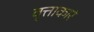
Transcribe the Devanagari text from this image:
वृत्ताकारं